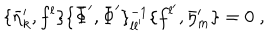
LaTeX: \{ \bar { \eta } _ { k } ^ { \prime } , f ^ { l } \} \{ \bar { \Phi } ^ { \prime } , \bar { \Phi } ^ { \prime } \} _ { l l ^ { \prime } } ^ { - 1 } \{ f ^ { l ^ { \prime } } , \bar { \eta } _ { m } ^ { \prime } \} = 0 \; ,